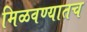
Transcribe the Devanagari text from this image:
मिळवण्यातच